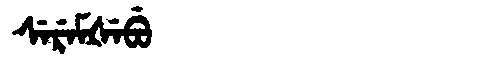
Manchu: ᠰᡝᡵᡝᠮᡧᡝᠪᡠ
Romanization: SEREMŠEBU